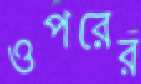
ওপরের